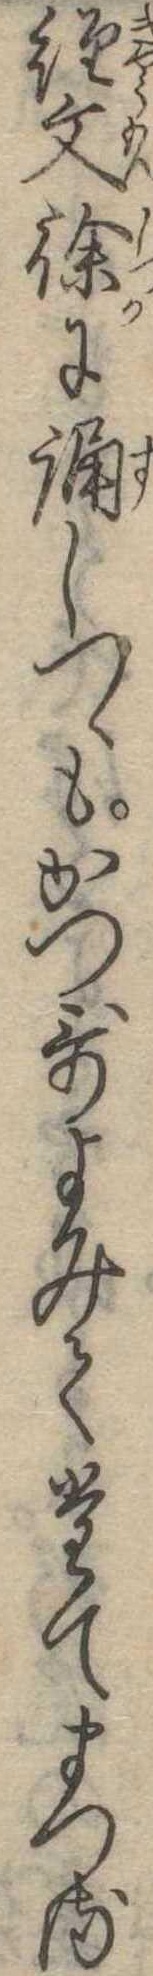
経文徐に誦しつゝもかつ歌よみてたてまつる